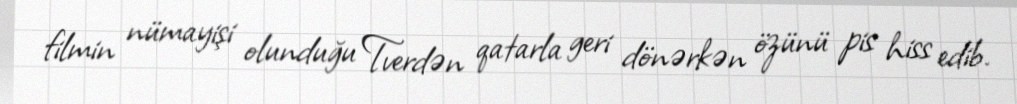
filmin nümayişi olunduğu Tverdən qatarla geri dönərkən özünü pis hiss edib.